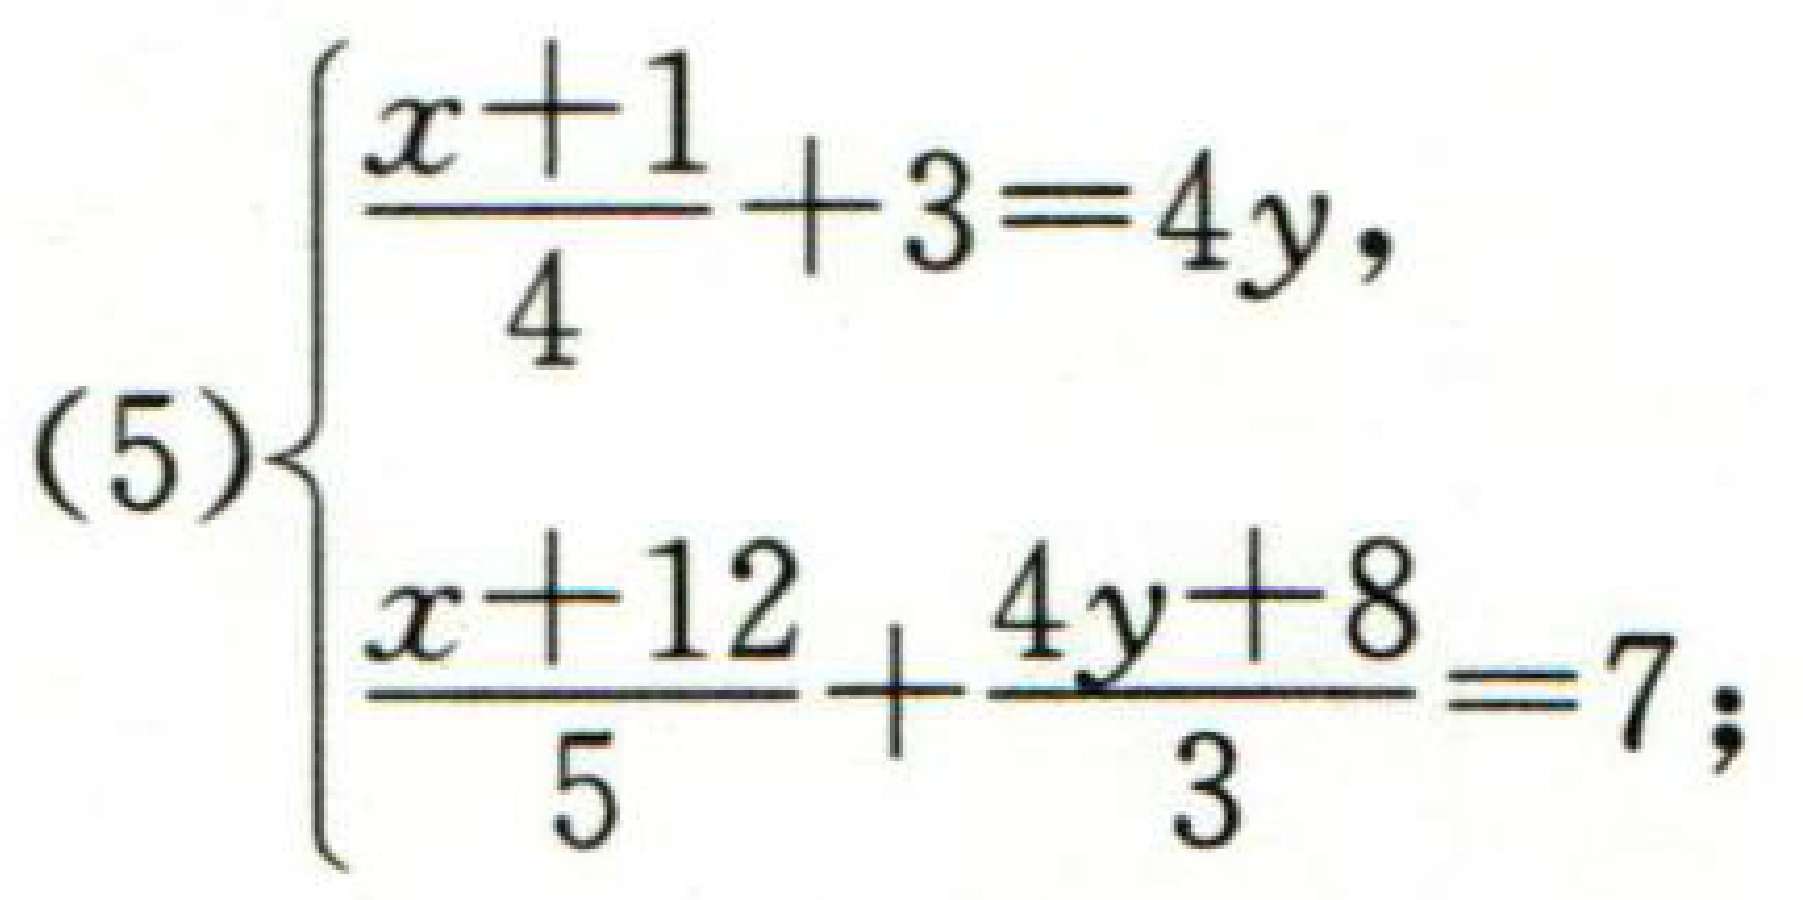
$(5)\begin{cases}\dfrac{x + 1}{4}+3 = 4y,\\\dfrac{x + 12}{5}+\dfrac{4y + 8}{3}=7;\end{cases}$